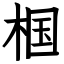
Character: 椢